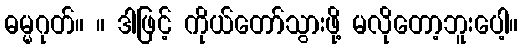
ဓမ္မဂုတ်။ ။ ဒါဖြင့် ကိုယ်တော်သွားဖို့ မလိုတော့ဘူးပေါ့။